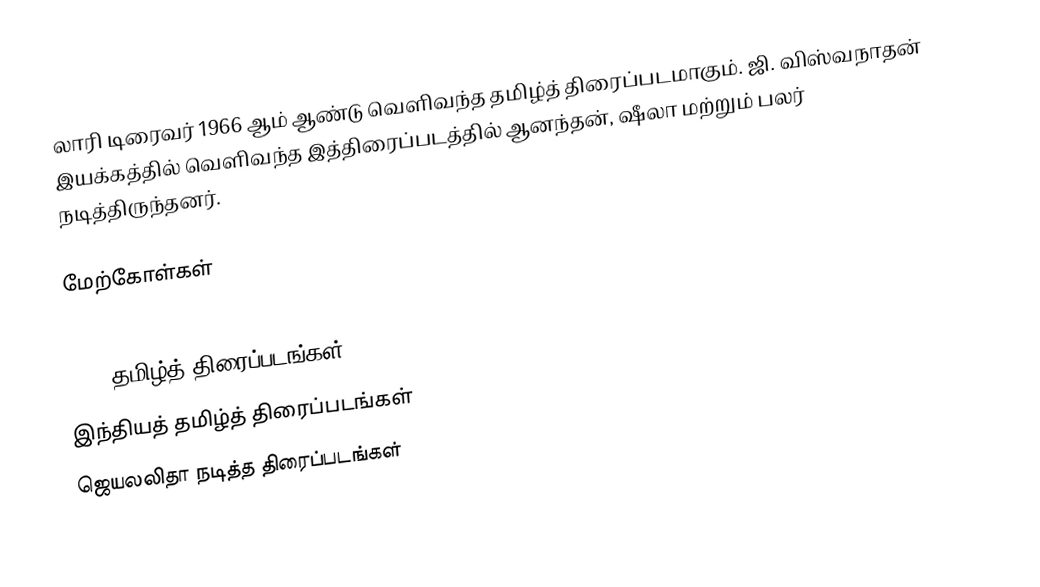
லாரி டிரைவர் 1966 ஆம் ஆண்டு வெளிவந்த தமிழ்த் திரைப்படமாகும். ஜி. விஸ்வநாதன் இயக்கத்தில் வெளிவந்த இத்திரைப்படத்தில் ஆனந்தன், ஷீலா மற்றும் பலர் நடித்திருந்தனர்.

மேற்கோள்கள்

1966 தமிழ்த் திரைப்படங்கள்
இந்தியத் தமிழ்த் திரைப்படங்கள்
ஜெயலலிதா நடித்த திரைப்படங்கள்